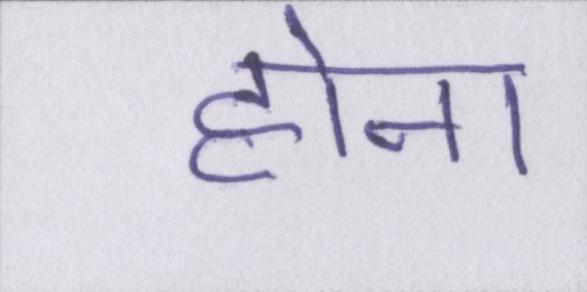
होना